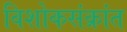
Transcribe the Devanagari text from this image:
विशोकसंक्रांत